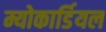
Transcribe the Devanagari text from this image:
म्योकार्डियल